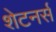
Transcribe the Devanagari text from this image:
शेटनर्स